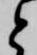
と